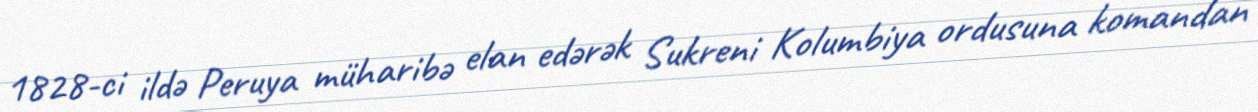
1828-ci ildə Peruya müharibə elan edərək Sukreni Kolumbiya ordusuna komandan